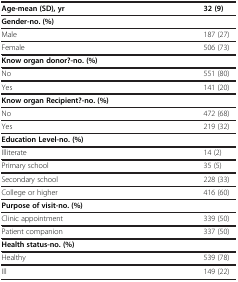
| Age-mean (SD), yr | 32 (9) |
 | --- | --- |
 | <COLSPAN=2> Gender-no. (%) |
 | Male | 187 (27) |
 | Female | 506 (73) |
 | <COLSPAN=2> Know organ donor?-no. (%) |
 | No | 551 (80) |
 | Yes | 141 (20) |
 | <COLSPAN=2> Know organ Recipient?-no. (%) |
 | No | 472 (68) |
 | Yes | 219 (32) |
 | <COLSPAN=2> Education Level-no. (%) |
 | Illiterate | 14 (2) |
 | Primary school | 35 (5) |
 | Secondary school | 228 (33) |
 | College or higher | 416 (60) |
 | <COLSPAN=2> Purpose of visit-no. (%) |
 | Clinic appointment | 339 (50) |
 | Patient companion | 337 (50) |
 | <COLSPAN=2> Health status-no. (%) |
 | Healthy | 539 (78) |
 | Ill | 149 (22) |